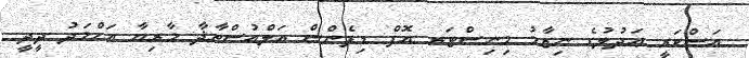
އަސްކަރީ ޢަދުލުގެ ނިޒާމު މިނިސްޓަރ އޮފް ޑިފެންސް އަލްއުސްތާޛާ މާރިޔާ އަޙްމަދު ދީދީ